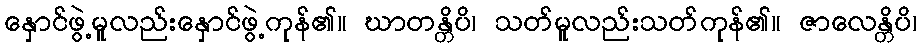
နှောင်ဖွဲ့မူလည်းနှောင်ဖွဲ့ကုန်၏။ ဃာတန္တိပိ၊ သတ်မူလည်းသတ်ကုန်၏။ ဇာလေန္တိပိ၊